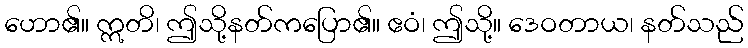
ဟော၏။ ဣတိ၊ ဤသို့နတ်ကပြော၏။ ဧဝံ၊ ဤသို့။ ဒေဝတာယ၊ နတ်သည်